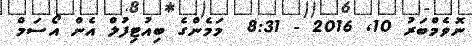
ނޮވެމްބަރު 10